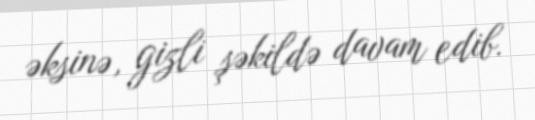
əksinə, gizli şəkildə davam edib.